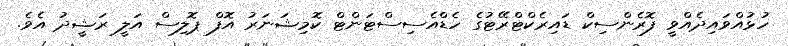
ހުޅުއްވައިދެއްވީ ފޮރެންސިކް ޑައިރެކްޓްރޭޓުގެ ހެޑްއެސިސްޓަންޓް ކޮމިޝަނަރު އޮފް ޕޮލިސް އަލީ ރަޝީދު އެވެ.